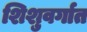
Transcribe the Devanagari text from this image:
शिशुवर्गात